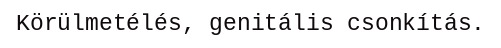
Körülmetélés, genitális csonkítás.